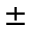
\pm